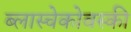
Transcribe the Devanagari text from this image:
ब्लास्चेकोवस्की